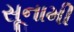
સૂનામી